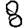
Digit: 8